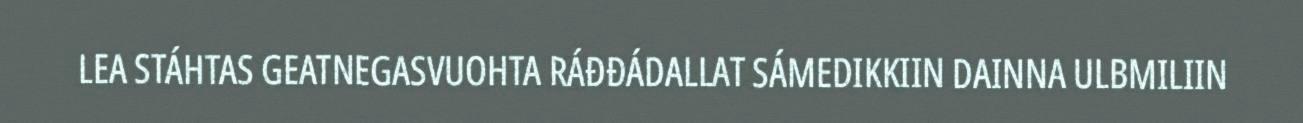
LEA STÁHTAS GEATNEGASVUOHTA RÁĐĐÁDALLAT SÁMEDIKKIIN DAINNA ULBMILIIN